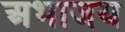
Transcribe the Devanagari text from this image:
अभाजय